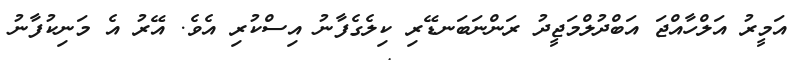
އަމީރު އަލްހާއްޖަ އަބްދުލްމަޖީދު ރަންނަބަނޑޭރި ކިލެގެފާނު އިސްކުރި އެވެ. އޭރު އެ މަނިކުފާނު